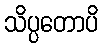
သိပ္ပတောပိ